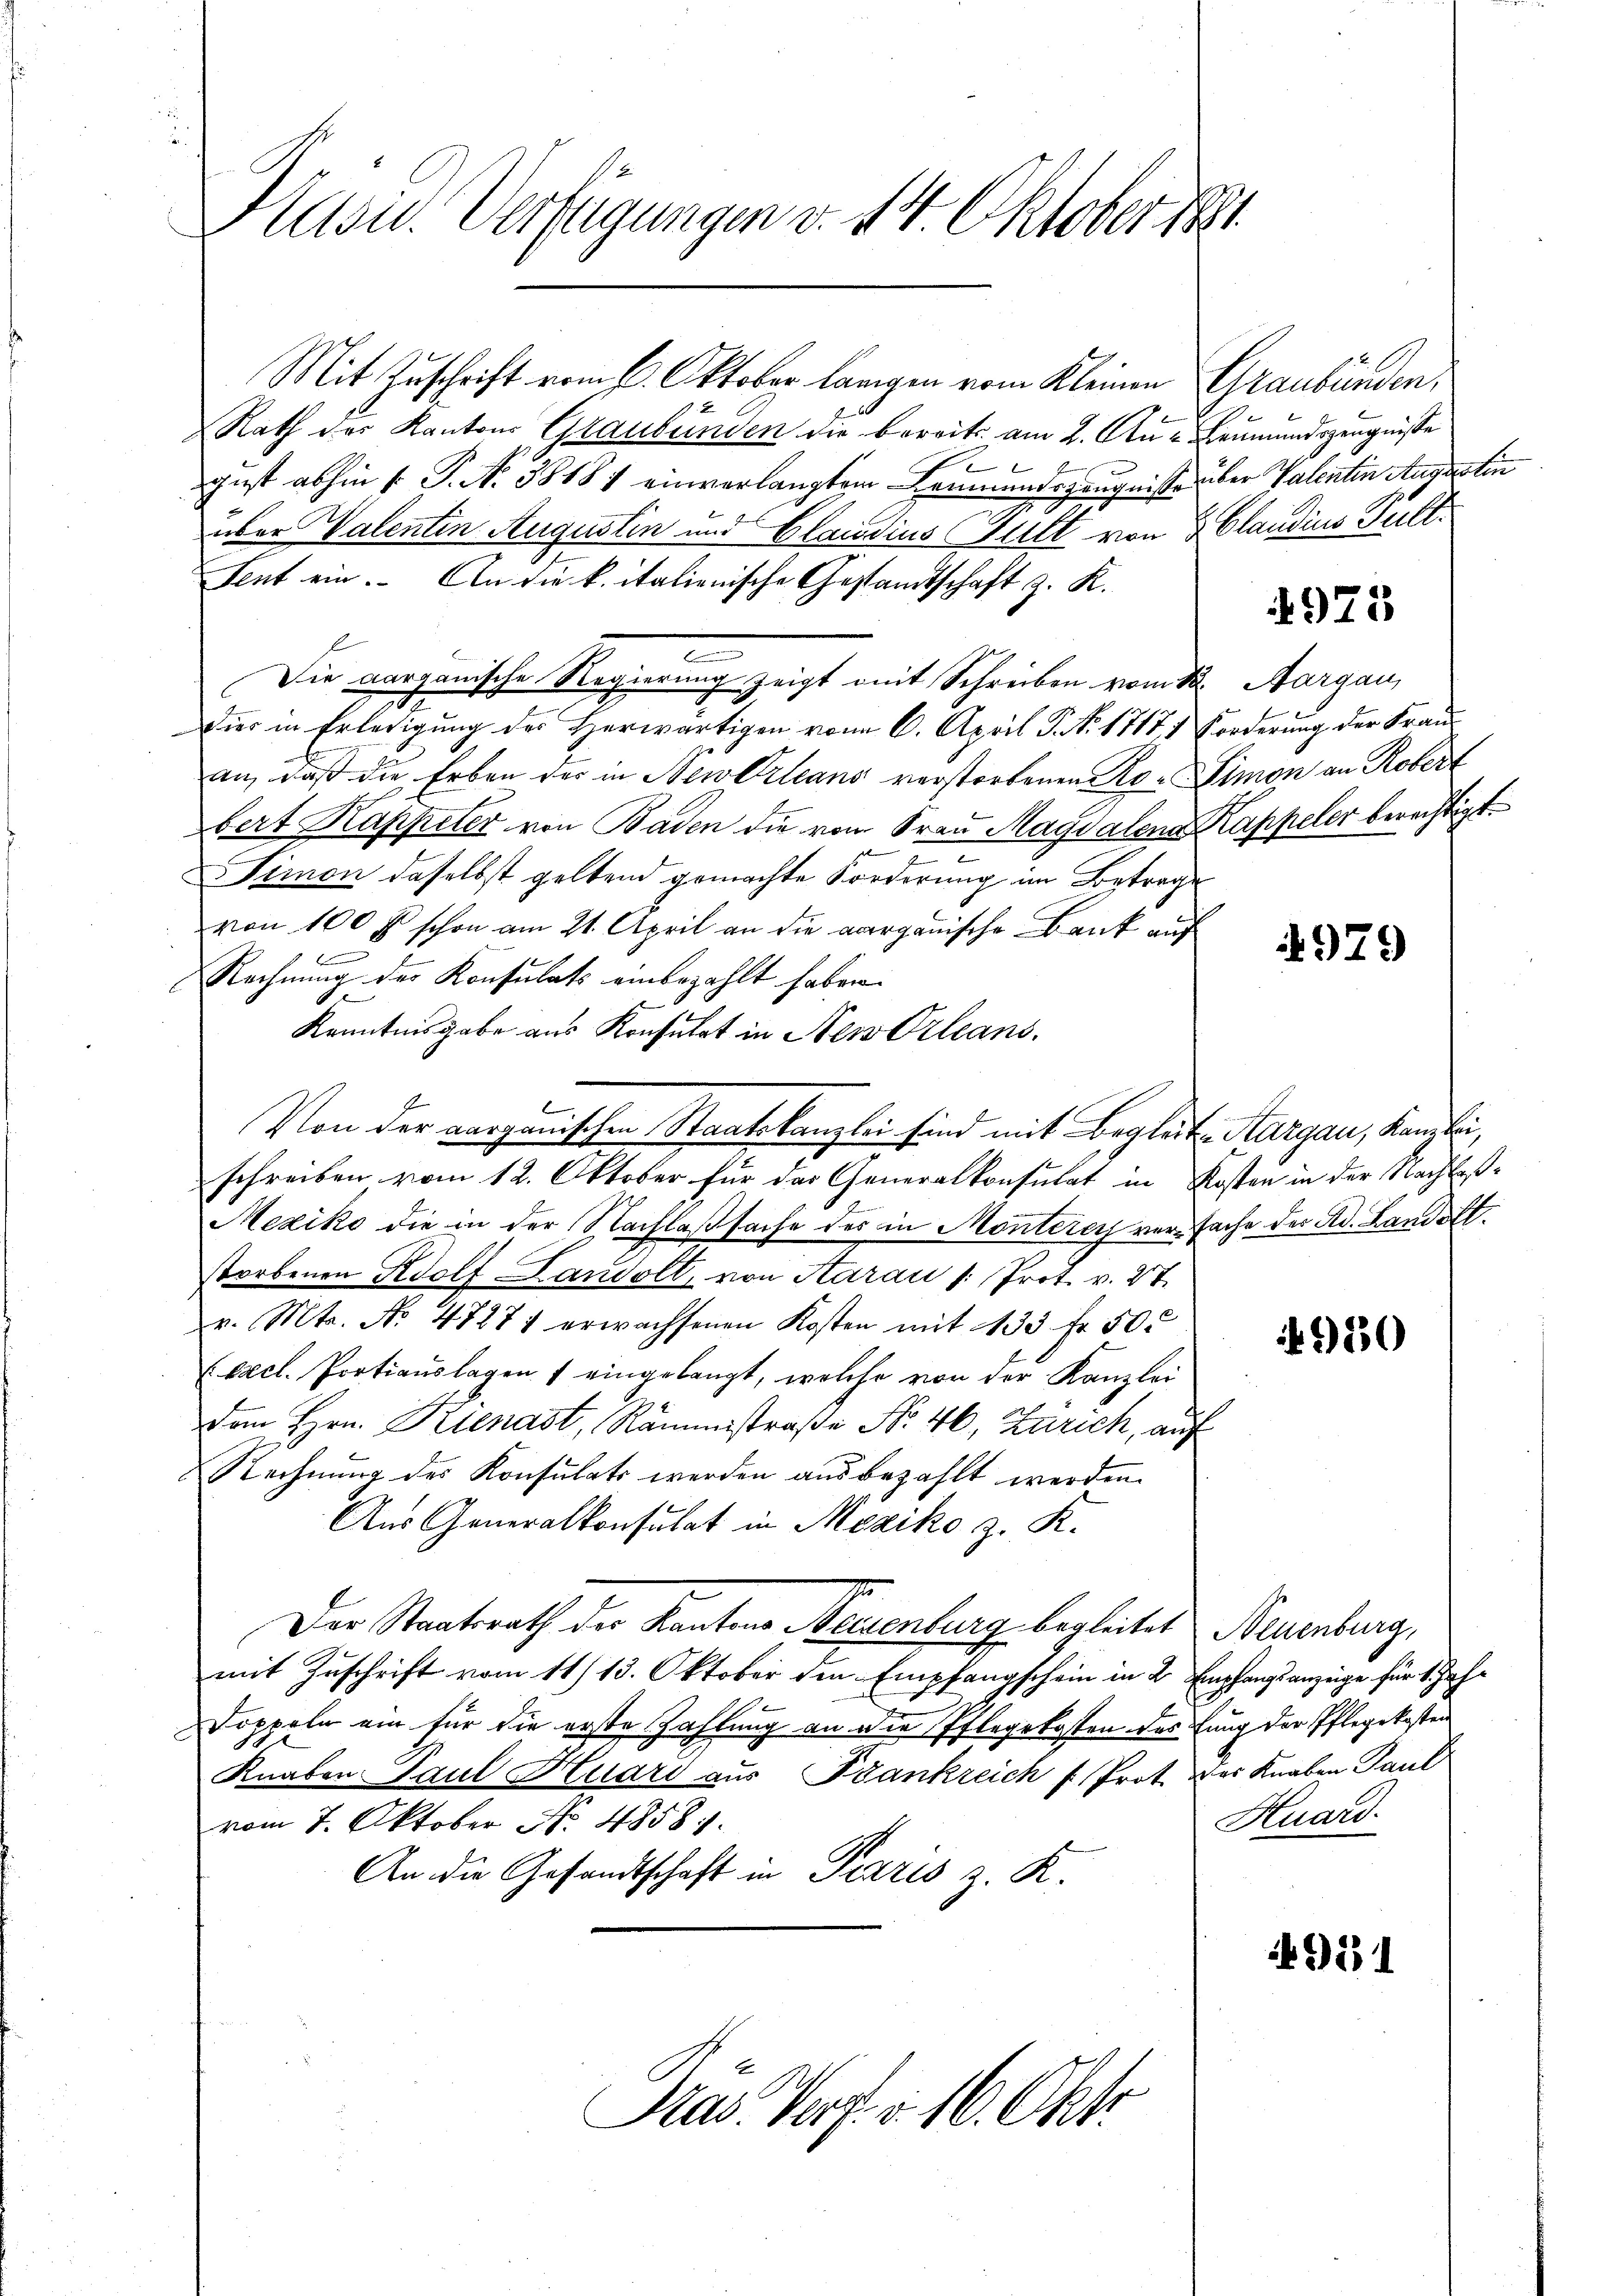
Präsid. Verfügungen v. 14. Oktober 18

Rath der Kantons Graubünden die bereits am 2. Au- Leumundszeugnisse
e
gust abhin 1. P. N. 3818 / einverlangtem Leumundszeugnisse über Valentin Augustin
über Valentin Augustin und Glaudius Fult von 2 Claudius Pult¬
Sent ein. An die k. italienische Gestandtschaft z. K.
E
.
Die aargauische Regierung zeigt mit Schreiben vom 22. Aargau,
vier in Erledigung des Herwärtigen vom 6. April P. N. 1717, 1 Forderung der Frauan, daß die Erben der in Newtrleans verstorbenen Ro-Simon an Robert
bert Kappeler von Baden die vom Frau Magdalena Kappeler berechtigt.
Simon daselbst geltend gemachte Forderung im Betrage
von 100 fl schon am 21. April an die aargauische Bank auf
Rechnung der Konsulats einbezahlt haben.
Kenntnisgabe aus Konsulat in Neu Orleans
schreiben vom 12. Oktober für das Generalkonsulat in Kosten in der Nachlaß¬
Mexiko die in der Nachlaßsache des in Montere versache der Ad. Landolt.
storbenen Adolf Landolt, von Starau / Prot. v. 27.
v. Mts. No 47271 erwachsenen Kosten mit 133 fr. 50.
Excl. Protiauslagen 7 eingelangt, welche von der Kanzlei
Dem Hrn. Kienast, Rämistraße Nr. 46, Zürich, auf
Rechnung des Konsulats werden ausbezahlt werden.
Aus Generalkonsulat in Mexiko z. K.
Der Staatsrath der Kantons Neuenburg begleitet Neuenburg,
mit Zuschrift vom 11/13. Oktober den Empfangschein in 2 Empfangsanzeige für 1. Jah¬
Doppeln ein für die erste Zahlung an die Pflegekosten des fung der Pflegekosten
Knaben Paul Huard aus Frankreich f Prote der Knaben Paul
vom 7. Oktober No. 48581.
An die Gesandtschaft in Paris z. K.
Präs. Verf. v. 16. Okto

Mit Zuschrift vom 6. Oktober langen vom Kleinen Graubünden,

Von der aargauischen Staatskanzlei sind mit Begleite Aargau, Kamblin,

4923

4979

950

Huard

911